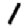
Digit: 1